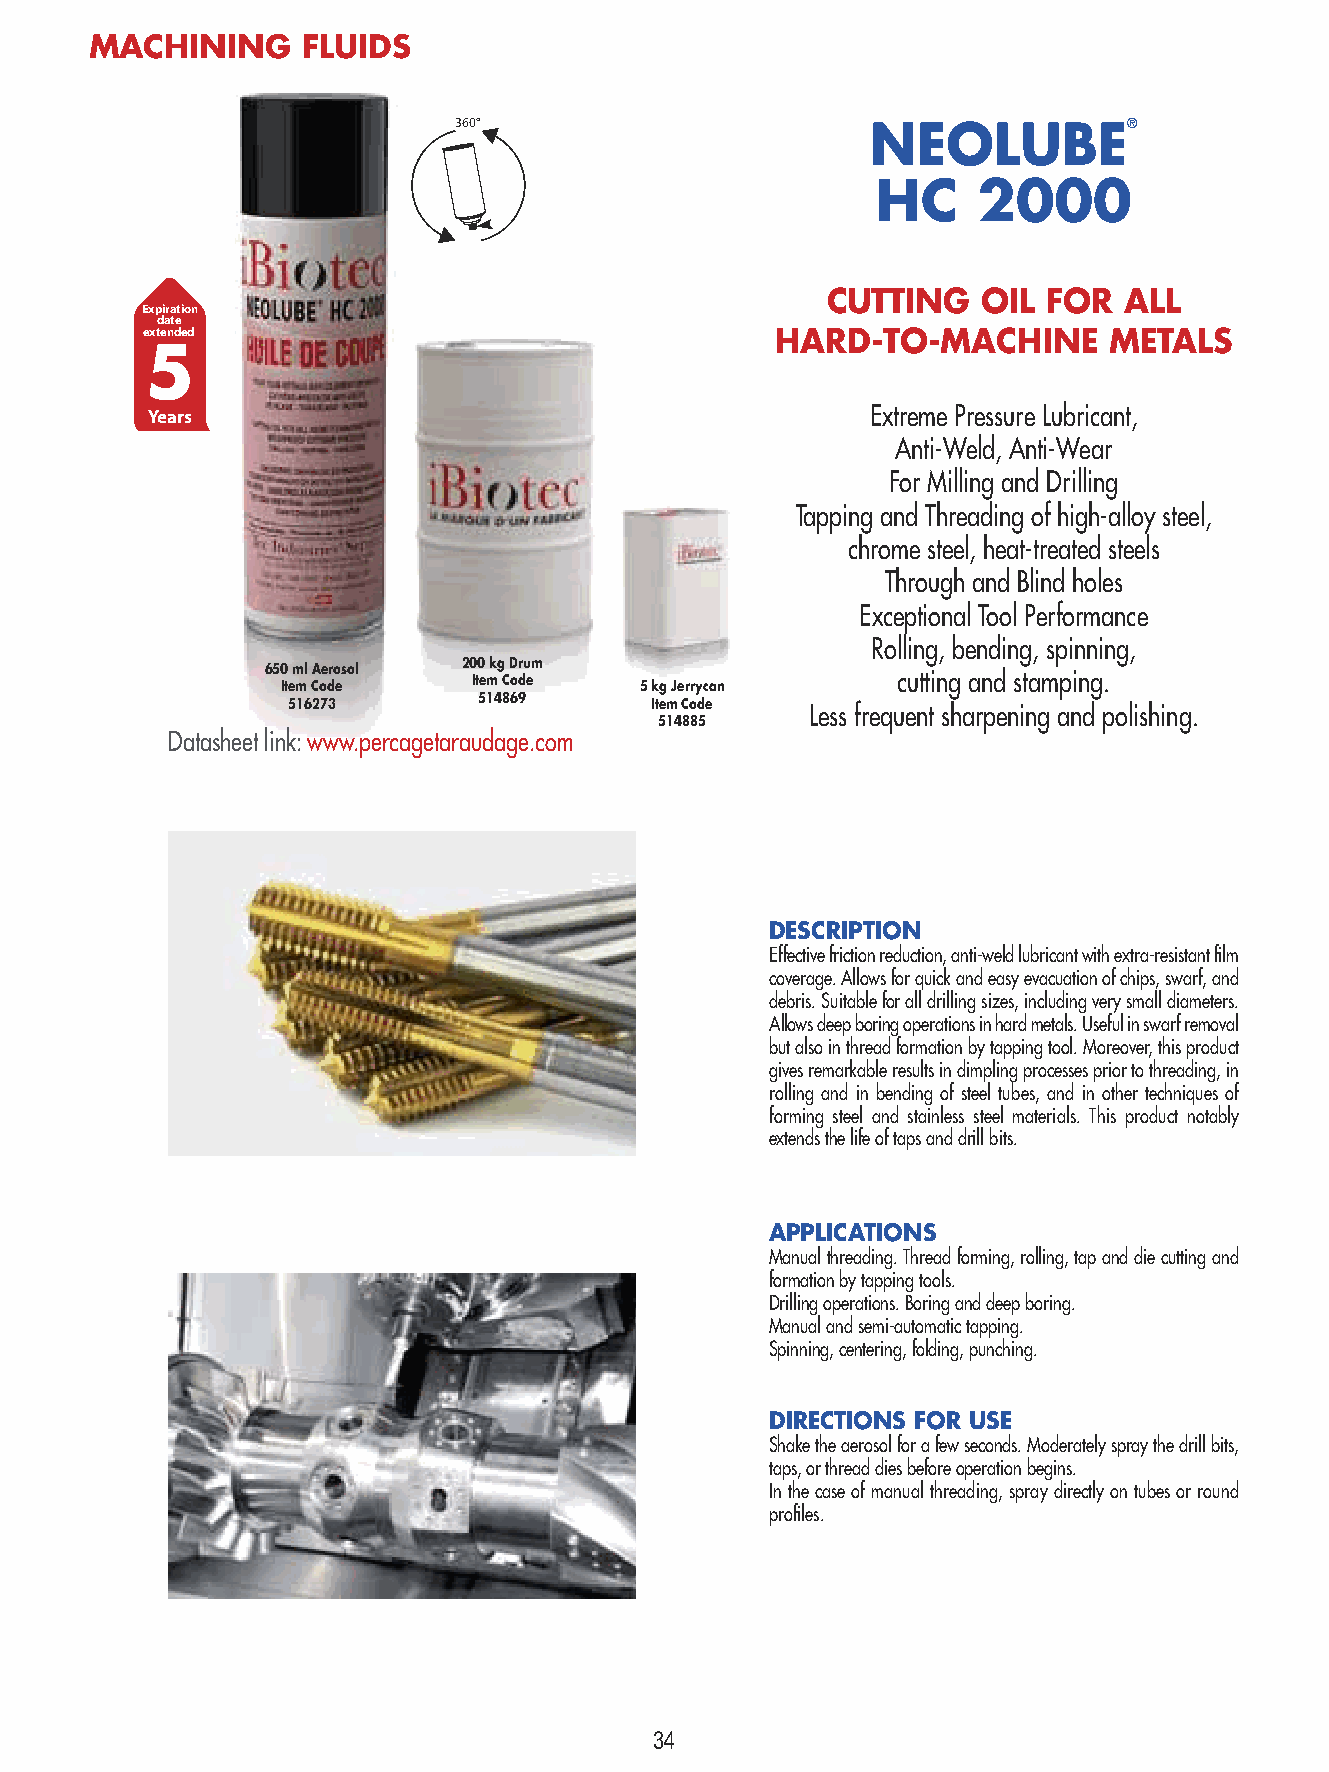
MACHINING     FLUIDS
 360°                        NEOLUBE®
 HC     2000
 CUTTING   OIL FOR  ALL
 Expiration
 date
 extended                                  HARD-TO-MACHINE       METALS
 5
 Years                                           Extreme Pressure Lubricant,
 Anti-Weld, Anti-Wear
 For Milling and Drilling
 Tapping and Threading of high-alloy steel,
 chrome steel, heat-treated steels
 Through and Blind holes
 Exceptional Tool Performance
 Rolling, bending, spinning,
 650 ml Aerosol 200 kg Drum
 Item Code   Item Code  5 kg Jerrycan    cutting and stamping.
 516273       514869     Item Code
 Less frequent sharpening and polishing.
 514885
 Datasheet link: www.percagetaraudage.com
 DESCRIPTION
 Effective friction reduction, anti-weld lubricant with extra-resistant film
 coverage. Allows for quick and easy evacuation of chips, swarf, and
 debris. Suitable for all drilling sizes, including very small diameters.
 Allows deep boring operations in hard metals. Useful in swarf removal
 but also in thread formation by tapping tool. Moreover, this product
 gives remarkable results in dimpling processes prior to threading, in
 rolling and in bending of steel tubes, and in other techniques of
 forming steel and stainless steel materials. This product notably
 extends the life of taps and drill bits.
 APPLICATIONS
 Manual threading. Thread forming, rolling, tap and die cutting and
 formation by tapping tools.
 Drilling operations. Boring and deep boring.
 Manual and semi-automatic tapping.
 Spinning, centering, folding, punching.
 DIRECTIONS FOR USE
 Shake the aerosol for a few seconds. Moderately spray the drill bits,
 taps, or thread dies before operation begins.
 In the case of manual threading, spray directly on tubes or round
 profiles.
 34